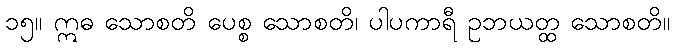
၁၅။ ဣဓ သောစတိ ပေစ္စ သောစတိ၊ ပါပကာရီ ဥဘယတ္ထ သောစတိ။